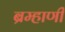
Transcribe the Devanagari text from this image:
ब्रम्हाणी